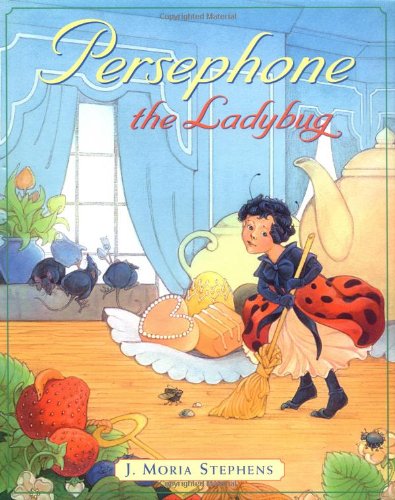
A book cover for Persephone the Ladybug; J. Moria Stephens; Children's Books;